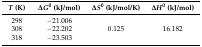
| T (K) | ΔG0 (kJ/mol) | ΔS0 (kJ/mol/K) | ΔH0 (kJ/mol) |
 | --- | --- | --- | --- |
 | 298 | −21.006 |  |  |
 | 308 | −22.202 | 0.125 | 16.182 |
 | 318 | −23.503 |  |  |